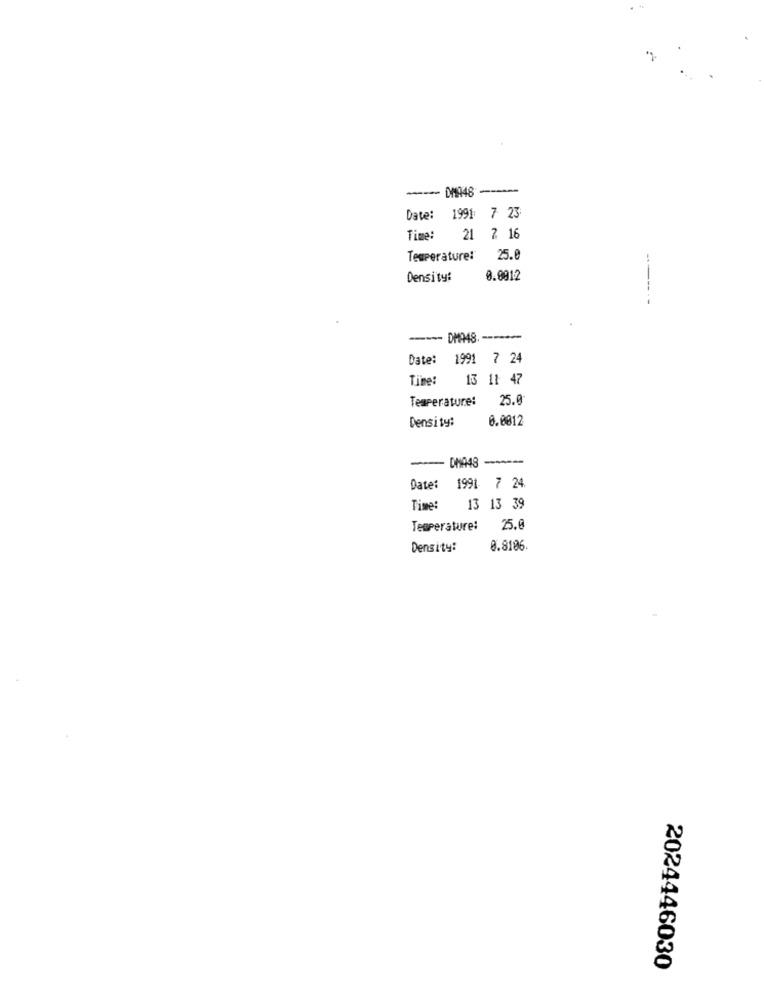
Date: 1991 7 23
Time: 21 % 16
Temperature!
25.6
Density:
0.0912
-------
Date: 1991 7 24
Time:
13 11 47
Temperature:
25.0
Density:
0.0012
- DIA48 ----
Date: 1991 7 24
Time:
13 13 39
Temperature:
25.6
Density:
0.8106
2024446030